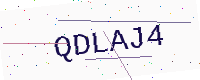
Text: QDLAJ4